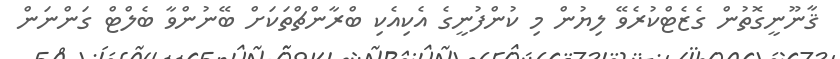
ޤާނޫނީގޮތުން ގެޒެޓްކުރެވޭ ލިޔުން މި ކުންފުނީގެ އެކިއެކި ބްރާންޗްތަކަށް ބޭނުންވާ ބެލްޓް ގަންނަން